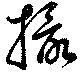
撮